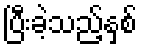
ပြီးခဲ့သည့်နှစ်